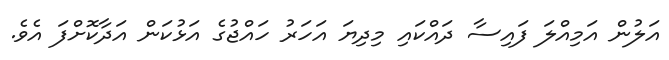
އަލުން އަމިއްލަ ފައިސާ ދައްކައި މިދިޔަ އަހަރު ހައްޖުގެ އަޅުކަން އަދާކޮށްފަ އެވެ.